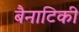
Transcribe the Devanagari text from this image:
बैनाटिकी